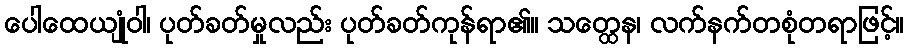
ပေါထေယျုံဝါ၊ ပုတ်ခတ်မှုလည်း ပုတ်ခတ်ကုန်ရာ၏။ သတ္ထေန၊ လက်နက်တစုံတရာဖြင့်။